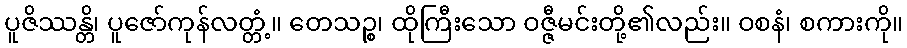
ပူဇိဿန္တိ၊ ပူဇော်ကုန်လတ္တံ့။ တေသဉ္စ၊ ထိုကြီးသော ဝဇ္ဇီမင်းတို့၏လည်း။ ဝစနံ၊ စကားကို။